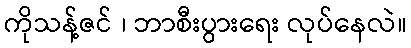
ကိုသန့်ဇင် ၊ ဘာစီးပွားရေး လုပ်နေလဲ။